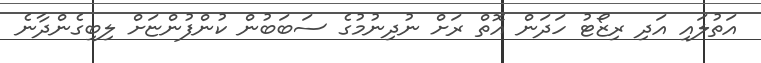
އަތުލައި އަދި ރިޒޯޓު ހަދަން އޮތް ރަށް ނުދިނުމުގެ ސަބަބުން ކުންފުންޏަށް ލިބިގެންދާނެ